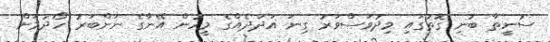
ސުނީތާ ބުނި ގޮތުގައި މިދުވަސްވަރު ގިނަ އަދަދެއްގެ މީހުން އޭނާގެ ނަންބަރު ހޯދުމަށް